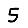
Digit: 5